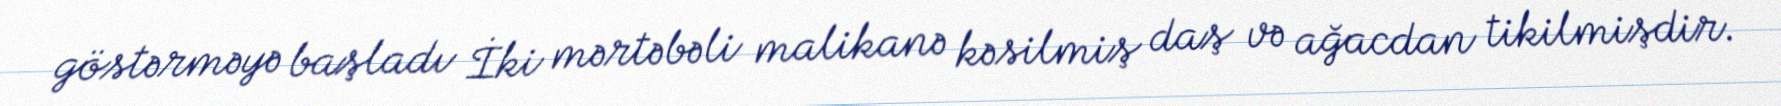
göstərməyə başladı İki mərtəbəli malikanə kəsilmiş daş və ağacdan tikilmişdir.